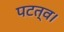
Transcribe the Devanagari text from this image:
पटत्व।